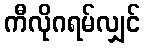
ကီလိုဂရမ်လျှင်